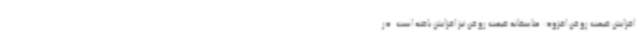
افزایش قیمت روغن افزود: متاسفانه قیمت روغن نیز افزایش یافته است. در